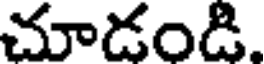
చూడండి.